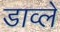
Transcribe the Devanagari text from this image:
डाव्ले